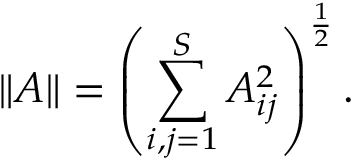
\| A \| = \left( \sum _ { i , j = 1 } ^ { S } A _ { i j } ^ { 2 } \right) ^ { \frac 1 2 } .